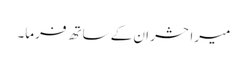
میرا حشر ان کے ساتھ فرما۔